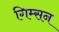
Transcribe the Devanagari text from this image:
गिम्सन